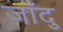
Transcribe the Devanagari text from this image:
जाँदु